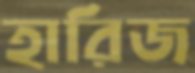
হারিজ